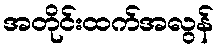
အတိုင်းထက်အလွန်